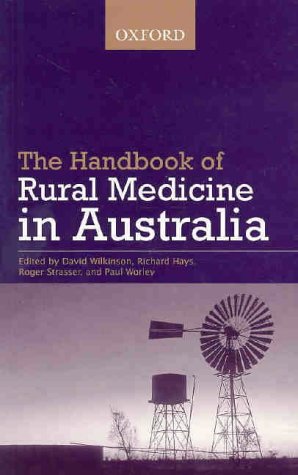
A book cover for The Handbook of Rural Medicine in Australia; Medical Books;